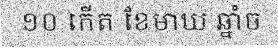
១០ កើត ខែមាឃ ឆ្នាំច